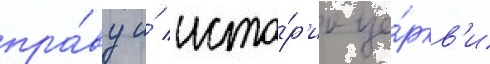
пра́ву и́ исто́р'ии це́ркв'и